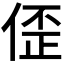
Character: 𫣀